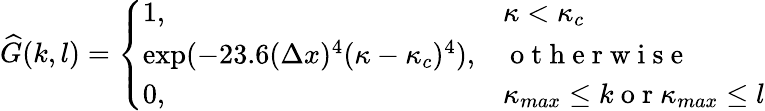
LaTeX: \widehat{G}(k,l)=\left\{ \begin{array}{ll}{1,}&{\kappa<\kappa_{c}}\\ {\exp(-23.6(\Delta x)^{4}(\kappa-\kappa_{c})^{4}),}&{\mathrm{~o~t~h~e~r~w~i~s~e~}}\\ {0,}&{\kappa_{max}\leq k\mathrm{~o~r~}\kappa_{max}\leq l}\end{array}\right.